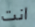
انت